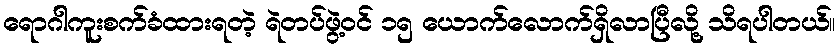
ရောဂါကူးစက်ခံထားရတဲ့ ရဲတပ်ဖွဲ့ဝင် ၁၅ ယောက်လောက်ရှိလာပြီလို့ သိရပါတယ်။